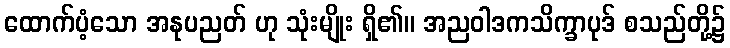
ထောက်ပံ့သော အနုပညတ် ဟု သုံးမျိုး ရှိ၏။ အညဝါဒကသိက္ခာပုဒ် စသည်တို့၌